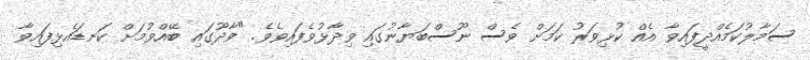
ސަމާލުކަމެއްދީފައިވާ އެއް ކުޅިވަރު ކަމަށް ވެސް ނޫސްބަޔާނުގައި ވިދާޅުވެފައިވެވެ. "ވާދޫގައި ބޭއްވުމަށް ކަނޑައެޅިފައިވާ